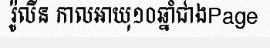
រ៉ូលីន កាលអាយុ១០ឆ្នាំជាងPage